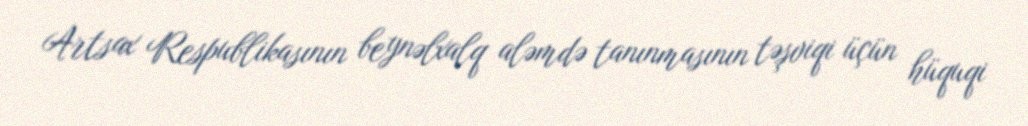
Artsax Respublikasının beynəlxalq aləmdə tanınmasının təşviqi üçün hüquqi